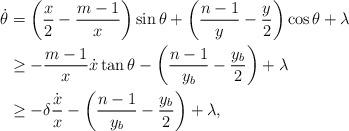
LaTeX: \begin{align*}\dot{\theta} &= \left(\frac{x}{2} - \frac{m-1}{x} \right)\sin \theta + \left(\frac{n-1}{y} - \frac{y}{2} \right)\cos \theta + \lambda\\&\geq - \frac{m-1}{x} \dot{x} \tan \theta - \left(\frac{n-1}{y_b} - \frac{y_b}{2} \right) + \lambda\\&\geq - \delta \frac{\dot{x}}{x} - \left(\frac{n-1}{y_b} - \frac{y_b}{2} \right) + \lambda,\end{align*}